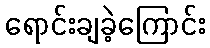
ရောင်းချခဲ့ကြောင်း